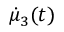
\dot { \mu } _ { 3 } ( t )